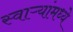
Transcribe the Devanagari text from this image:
स्वाऱ्यांमध्ये